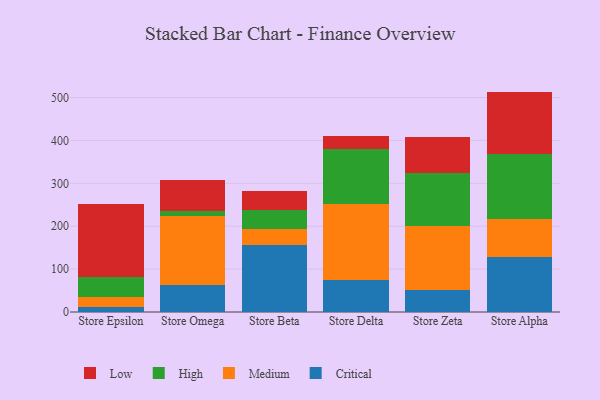
{"axis": {"x": "Store", "y": "Bounce Rate (%)"}, "legend": ["Critical", "High", "Low", "Medium"], "data": [{"x": "Store Epsilon", "y": 12.5, "type": "Critical"}, {"x": "Store Epsilon", "y": 23.6, "type": "Medium"}, {"x": "Store Epsilon", "y": 45.6, "type": "High"}, {"x": "Store Epsilon", "y": 169.8, "type": "Low"}, {"x": "Store Omega", "y": 63.1, "type": "Critical"}, {"x": "Store Omega", "y": 161.4, "type": "Medium"}, {"x": "Store Omega", "y": 10.8, "type": "High"}, {"x": "Store Omega", "y": 73.1, "type": "Low"}, {"x": "Store Beta", "y": 156.0, "type": "Critical"}, {"x": "Store Beta", "y": 37.7, "type": "Medium"}, {"x": "Store Beta", "y": 43.7, "type": "High"}, {"x": "Store Beta", "y": 45.3, "type": "Low"}, {"x": "Store Delta", "y": 74.4, "type": "Critical"}, {"x": "Store Delta", "y": 176.4, "type": "Medium"}, {"x": "Store Delta", "y": 128.5, "type": "High"}, {"x": "Store Delta", "y": 30.5, "type": "Low"}, {"x": "Store Zeta", "y": 51.5, "type": "Critical"}, {"x": "Store Zeta", "y": 150.1, "type": "Medium"}, {"x": "Store Zeta", "y": 123.3, "type": "High"}, {"x": "Store Zeta", "y": 84.0, "type": "Low"}, {"x": "Store Alpha", "y": 128.1, "type": "Critical"}, {"x": "Store Alpha", "y": 89.6, "type": "Medium"}, {"x": "Store Alpha", "y": 150.7, "type": "High"}, {"x": "Store Alpha", "y": 145.5, "type": "Low"}]}